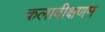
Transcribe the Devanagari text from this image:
कलावीक्षणम